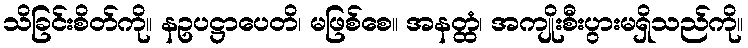
သိခြင်းစိတ်ကို။ နဥပဋ္ဌာပေတိ၊ မဖြစ်စေ။ အနတ္ထံ၊ အကျိုးစီးပွားမရှိသည်ကို။